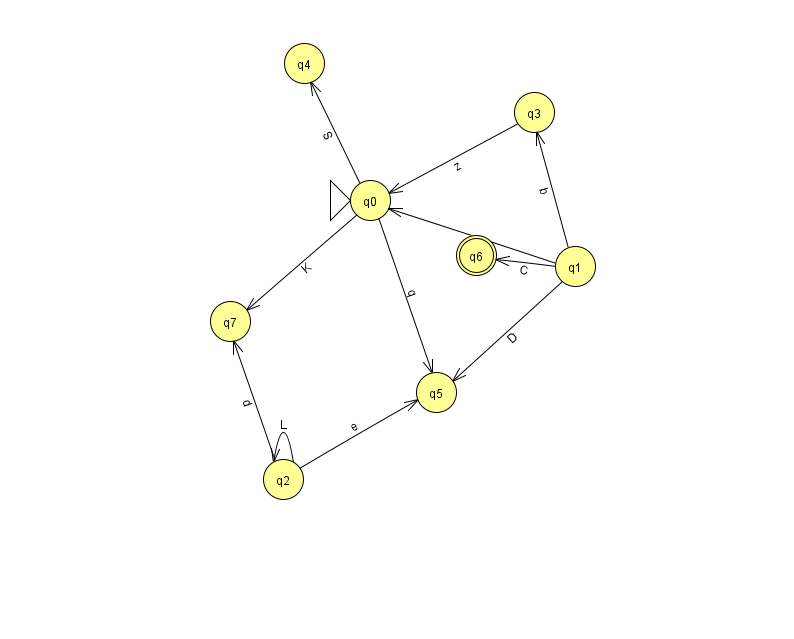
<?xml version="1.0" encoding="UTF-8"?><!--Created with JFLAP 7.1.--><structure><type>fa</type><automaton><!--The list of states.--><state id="0" name="q0"><x>370.0</x><y>187.0</y><initial/></state><state id="1" name="q1"><x>575.0</x><y>253.0</y></state><state id="2" name="q2"><x>283.0</x><y>466.0</y></state><state id="3" name="q3"><x>534.0</x><y>99.0</y></state><state id="4" name="q4"><x>304.0</x><y>50.0</y></state><state id="5" name="q5"><x>436.0</x><y>379.0</y></state><state id="6" name="q6"><x>476.0</x><y>242.0</y><final/></state><state id="7" name="q7"><x>230.0</x><y>308.0</y></state><!--The list of transitions.--><transition><from>2</from><to>7</to><read>d</read></transition><transition><from>1</from><to>3</to><read>b</read></transition><transition><from>2</from><to>5</to><read>e</read></transition><transition><from>1</from><to>6</to><read>C</read></transition><transition><from>0</from><to>7</to><read>K</read></transition><transition><from>1</from><to>0</to><read>r</read></transition><transition><from>0</from><to>5</to><read>q</read></transition><transition><from>3</from><to>0</to><read>z</read></transition><transition><from>0</from><to>4</to><read>S</read></transition><transition><from>1</from><to>5</to><read>D</read></transition><transition><from>2</from><to>2</to><read>L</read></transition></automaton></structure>